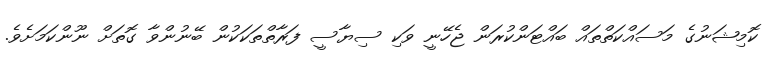
ކޮމިޝަނުގެ މަސައްކަތްތައް ބައްޓަންކުރަން ޖެހޭނީ ވަކި ސިޔާސީ ފަރާތްތަކަކުން ބޭނުންވާ ގޮތަށް ނޫންކަމަށެވެ.